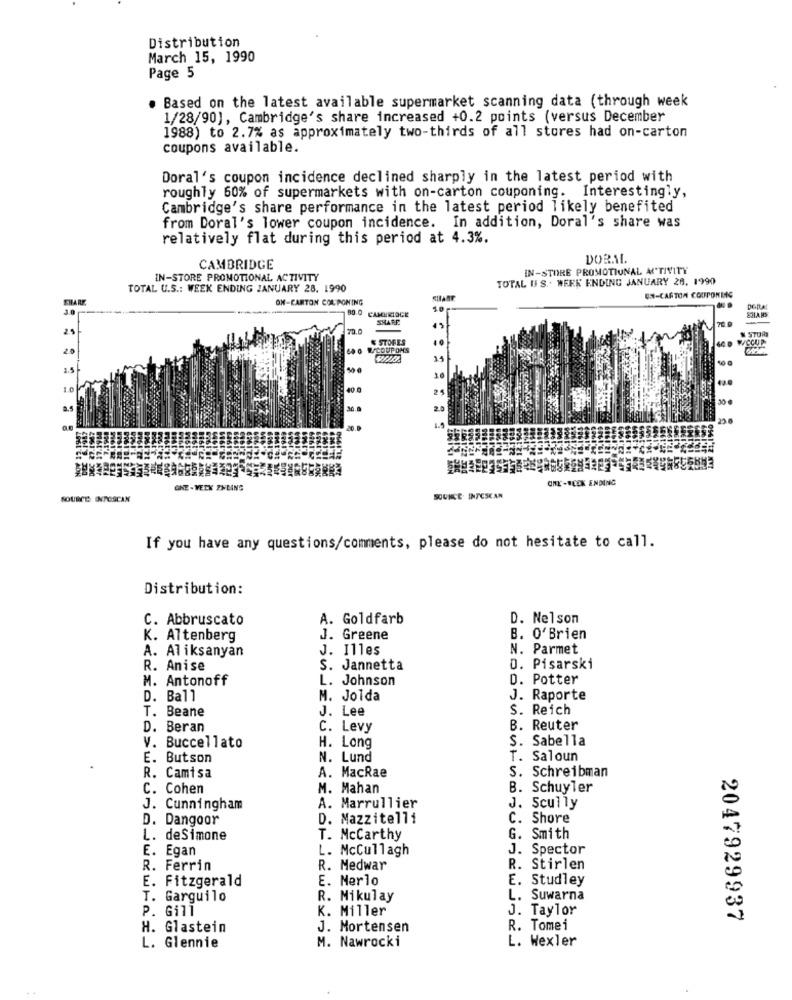
Distribution
March 15, 1990
Page 5
Based on the latest available supermarket scanning data (through week
1/28/90), Cambridge's share increased +0.2 points (versus December
1988) to 2.7% as approximately two-thirds of all stores had on-carton
coupons available.
Doral's coupon incidence declined sharply in the latest period with
roughly 60% of supermarkets with on-carton couponing. Interestingly,
Cambridge's share performance in the latest period likely benefited
from Doral's lower coupon incidence. In addition, Doral's share was
relatively flat during this period at 4.3%.
DORAL
CAMBRIDGE
IN-STORE PROMOTIONAL ACTIVITY
IN-STORE PROMOTIONAL ACTIVITY
TOTAL US .. WERK ENDING JANUARY 28. 1990
TOTAL U.S .: WEEK ENDING JANUARY 28. 1990
SHARE
ON-CARTON COLPONING
EN-CARTON COUPONLIG
3.0
80.0 CAMBRIDGE
SHARE
70.0
-
70.0
N STORT
& STORES
40 D WECUP
6A 6 ECOUPONS
11
10
1.0
40
25
0.5
30.0
20
ONE-WEEK ENDING
ONE -VECK PHLING
SOURCE: INTESCAN
SOUNCE. INTESCAN
If you have any questions/comments, please do not hesitate to call.
Distribution:
C. Abbruscato
A. Goldfarb
D. Nelson
K. Altenberg
J. Greene
B. O'Brien
A. Aliksanyan
J. Illes
N. Parmet
R. Anise
S. Jannetta
0. Pisarski
M. Antonoff
L. Johnson
D. Potter
D. Ball
M. Jolda
J. Raporte
T. Beane
J. Lee
S. Reich
D. Beran
C. Levy
B. Reuter
V. Buccellato
H. Long
S. Sabella
E. Butson
N. Lund
T. Saloun
R. Camisa
A. MacRae
S. Schreibman
C. Cohen
M. Mahan
B. Schuyler
J. Cunningham
A. Marrullier
J. Scully
D. Dangoor
D. Mazzitelli
C. Shore
L. deSimone
T. Mccarthy
G. Smith
E. Egan
L. McCullagh
J. Spector
R. Ferrin
R. Medwar
R. Stirlen
E. Fitzgerald
E. Merlo
E. Studley
T. Garguilo
R. Mikulay
L. Suwarna
P. Gill
K. Miller
J. Taylor
2047929937
H. Glastein
J. Mortensen
R. Tomei
M. Nawrocki
L. Wexler
L. Glennie